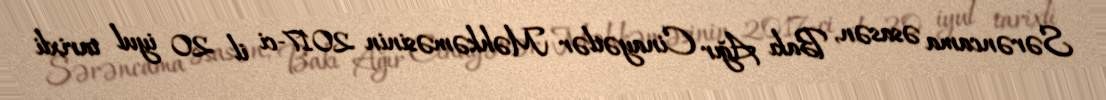
Sərəncama əsasən, Bakı Ağır Cinayətlər Məhkəməsinin 2017-ci il 20 iyul tarixli